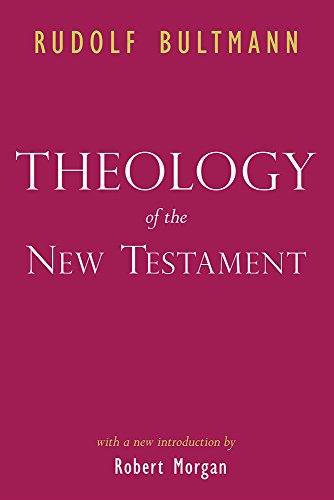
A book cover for Theology of the New Testament; Rudolf Bultmann; Christian Books & Bibles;